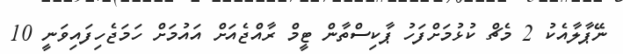
ނޭޕާލާއެކު 2 މެޗް ކުޅުމަށްފަހު ޕާކިސްތާން ޓީމް ރާއްޖެއަށް އައުމަށް ހަމަޖެހިފައިވަނީ 10